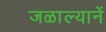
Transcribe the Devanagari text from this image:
जळाल्यानें